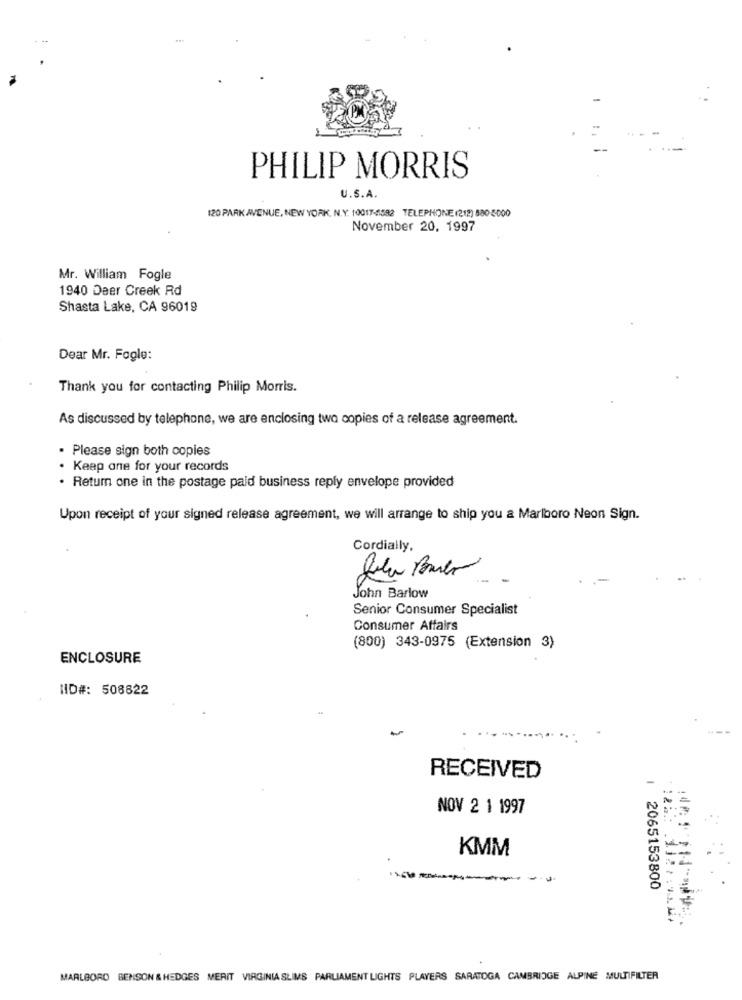
PHILIP MORRIS
U.S.A.
120 PARK AVENUE, NEW YORK, N.Y. 10017-1582 TELEPHONE (212) 580-5:000
November 20, 1997
Mr. William Fogle
1940 Deer Creek Rd
Shasta Lake, CA 96019
Dear Mr. Fogle:
Thank you for contacting Philip Morris.
As discussed by telephone, we are enclosing two copies of a release agreement.
. Please sign both copies
. Keep ane for your records
. Return one in the postage paid business reply envelope provided
Upon receipt of your signed release agreement, we will arrange to ship you a Marlboro Neon Sign.
Cordially,
John Barlow
Senior Consumer Specialist
Consumer Affairs
(800) 343-0975 (Extension 3)
ENCLOSURE
HID#: 508822
RECEIVED
NOV 2 1 1997
: 2 :
KMM
2065153800
MARLBORO BENSON & HEDGES MERIT VIRGINIA SLIMS PARLIAMENT LIGHTS PLAYERS SARATOGA CAMBRIDGE ALPINE MULTIFILTER